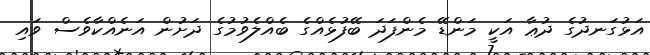
އަޅުގަނދުގެ ދުޢާ އަކީ މަންޑޭ މެންފަދަ ބޭފުޅެއްގެ ބެއްލެވުމުގެ ދަށުން އަނެއްކާވެސް ވައި